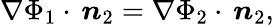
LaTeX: \nabla\Phi_{1}\cdot\, \boldsymbol{n}_{2}=\nabla\Phi_{2}\cdot\, \boldsymbol{n}_{2},